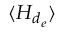
\langle H _ { d _ { e } } \rangle